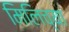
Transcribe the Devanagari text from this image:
मिलिच्या